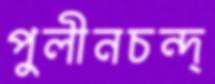
পুলীনচন্দ্